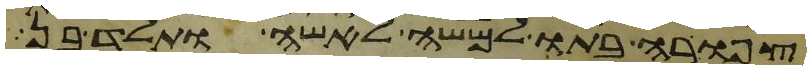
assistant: צפורה בתו למשה לאשה ותלד בן